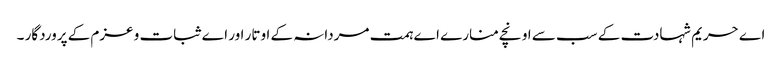
اے حریم شہادت کے سب سے اونچے منارے اے ہمت مردانہ کے اوتار اور اے ثبات و عزم کے پروردگار ۔